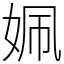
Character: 姵